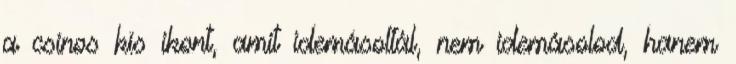
a csinos kis ikont, amit idemásoltál, nem idemásolod, hanem